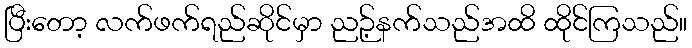
ပြီးတော့ လက်ဖက်ရည်ဆိုင်မှာ ညဉ့်နက်သည်အထိ ထိုင်ကြသည်။